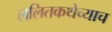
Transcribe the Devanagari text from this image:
ललितकथेच्याच